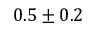
0 . 5 \pm 0 . 2